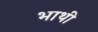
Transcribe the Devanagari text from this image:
भाथी